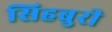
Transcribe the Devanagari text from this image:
सिहबुरी